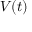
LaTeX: \mathbf { } V ( t )